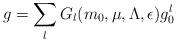
LaTeX: \begin{align*}g=\sum_{l}G_l(m_0,\mu,\Lambda,\epsilon)g_0^l \end{align*}